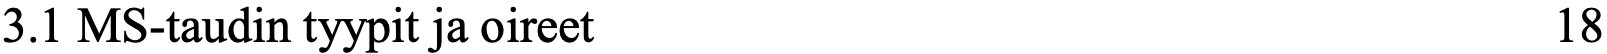
3.1 MS-taudin tyypit ja oireet                      18